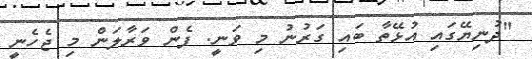
"ދުނިޔޭގައި އުޅޭތާ ބައި ގަރުނު މި ވަނީ. ފެން ވަރާލަން މި ޖެހެނީ